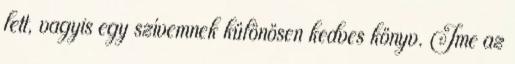
lett, vagyis egy szívemnek különösen kedves könyv. Íme az